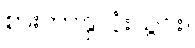
စားကာနှလုံးသွင်း။